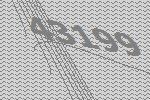
43199